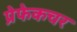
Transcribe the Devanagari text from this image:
प्रेफेकचर